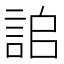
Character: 𧧆